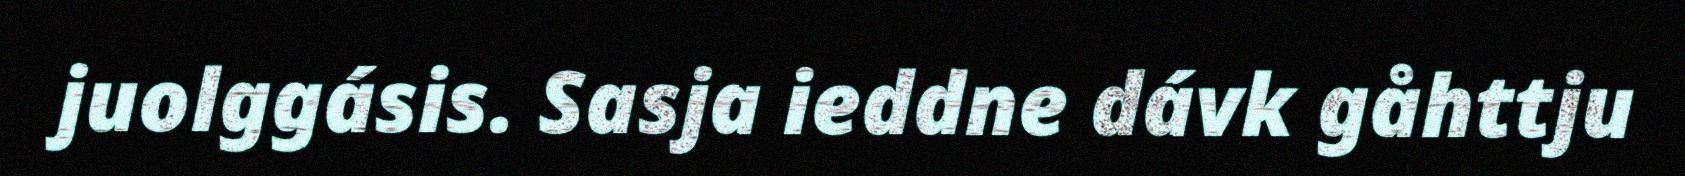
juolggásis. Sasja ieddne dávk gåhttju